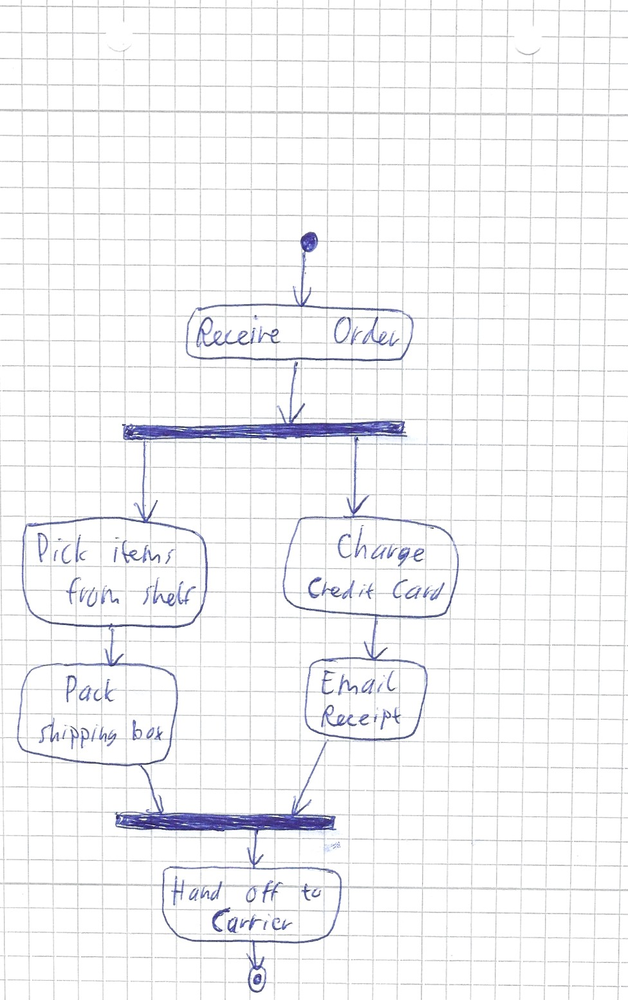
Diagram type: activity_diagram
```plantuml
@startuml

start
:Receive Order;
fork
  :Pick items from shelf;
  :Pack shipping box;
fork again
  :Charge Credit Card;
  :Email Receipt;
end fork
:Hand off to Carrier;
stop

@enduml
```